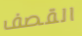
القصف